Jaan_Tonisson_(Lasteleht), lk 264
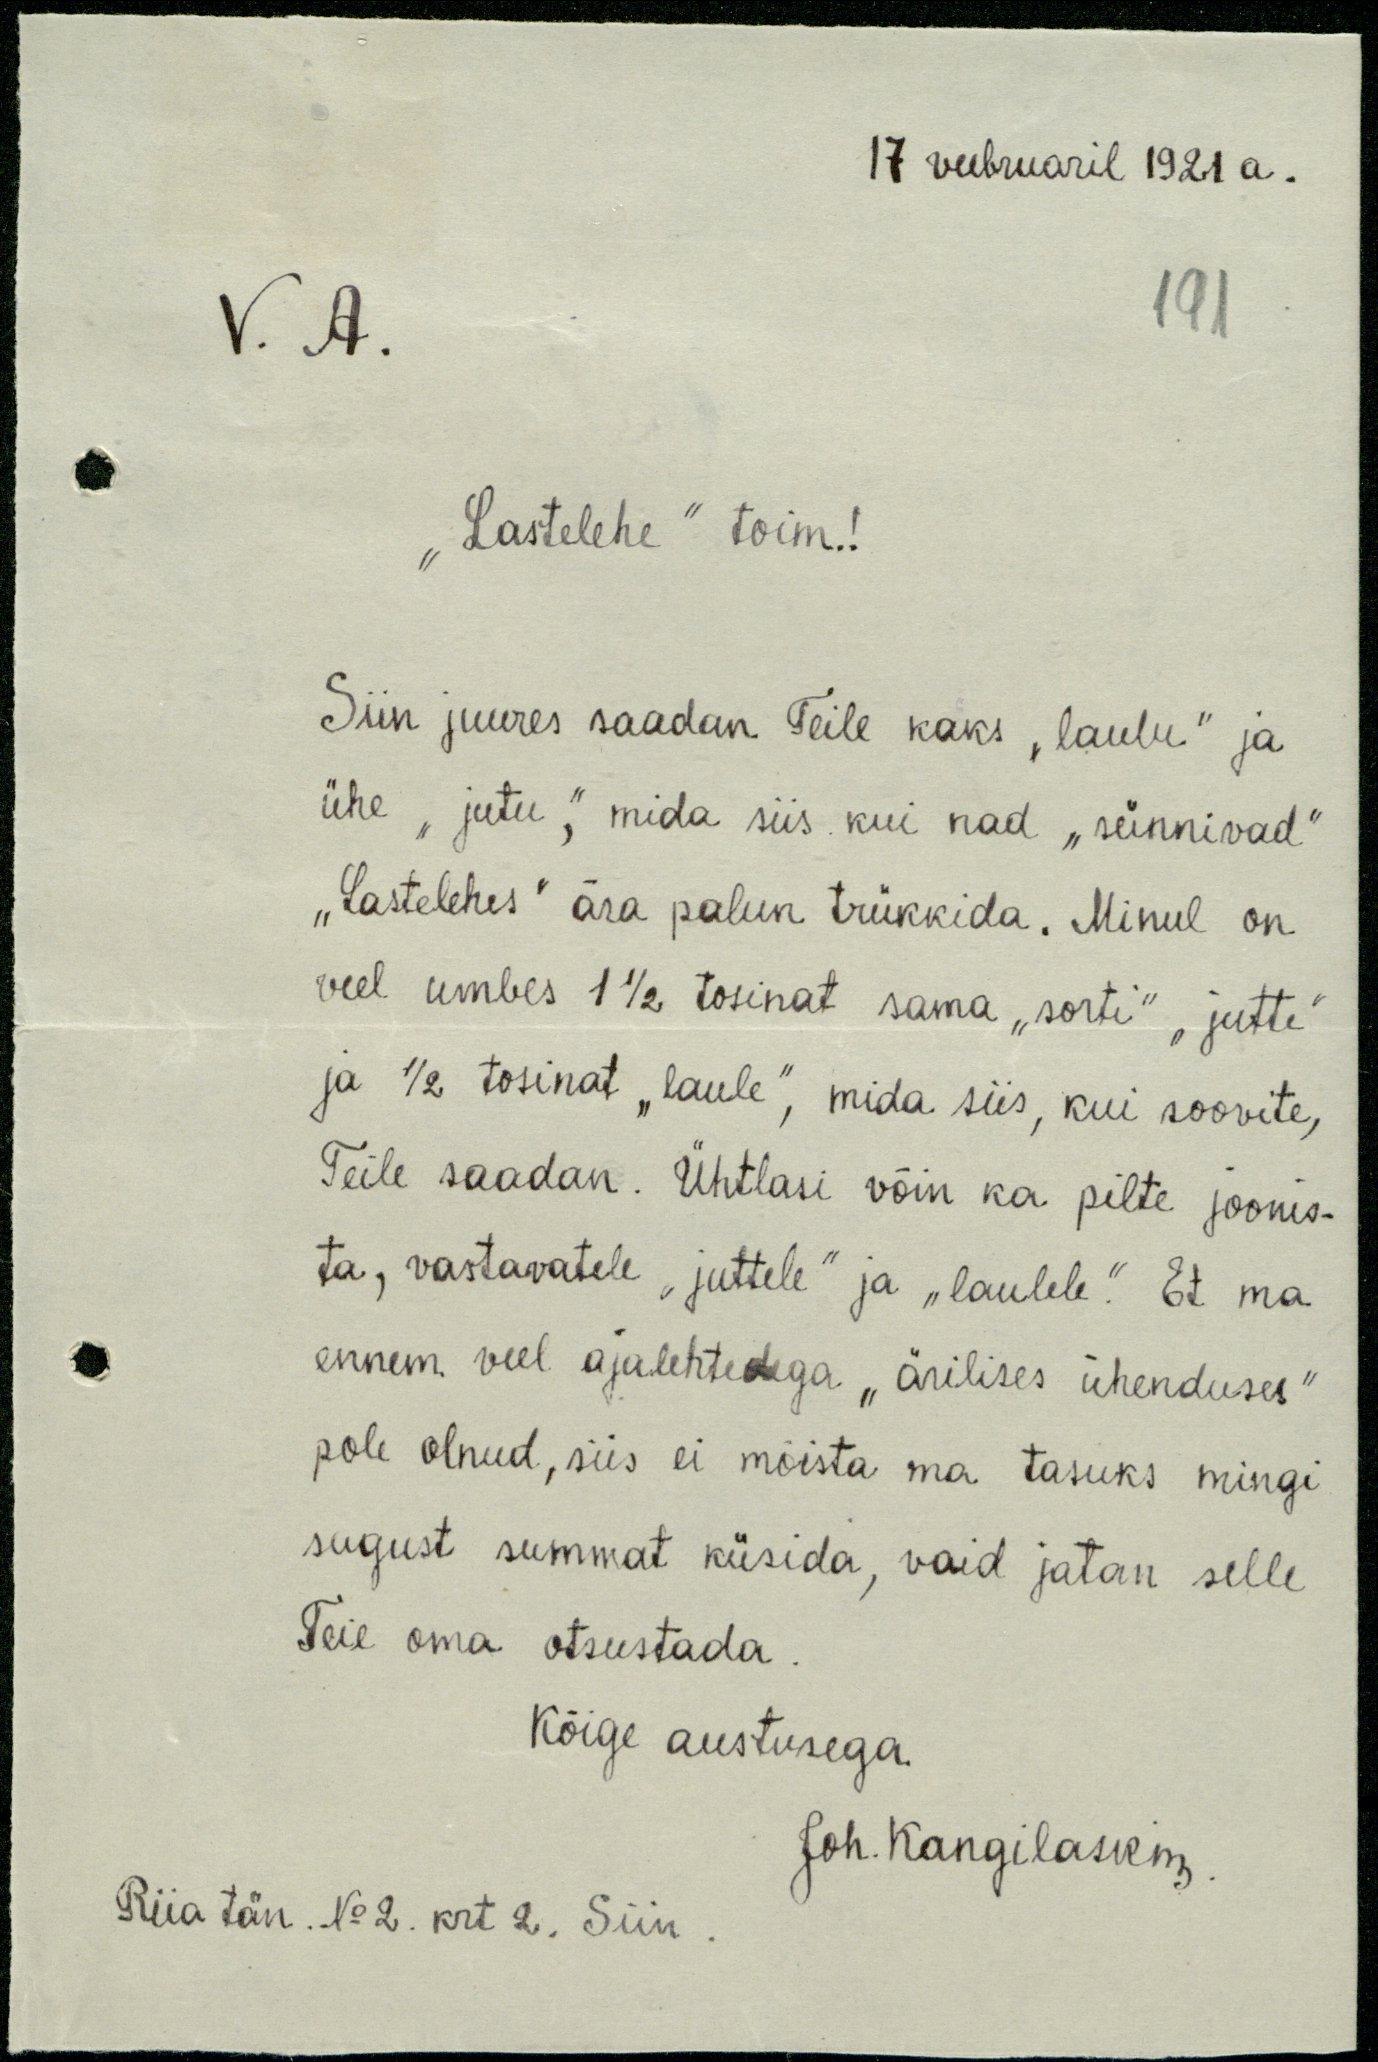
17 veebruaril 1921 a.
V. A.
191
"Lastelehe" toim.!
Siin juures saadan Teile kaks "laulu" ja
ühe "jutu", mida siis kui nad "sünnnivad"
"Lastelehes" ära palun trükkida. Minul on
veel umbes 1 1/2 tosinat sama "sorti" juttu
ja 1/2 tosinat "laule", mida siis, kui soovite,
Teile saadan. Ühtlasi võin ka pilte joonis-
ta, vastavatele "juttele" ja "laulele." Et ma
ennem veel ajalehtedega "ärilises ühenduses"
pole olnud, siis ei mõista ma tasuks mingi
sugust summat küsida, vaid jatan selle
Teie oma otsustada
Kõige austusega.
Joh. Kangilaski
Riia tän. No 2. krt 2. Siin.